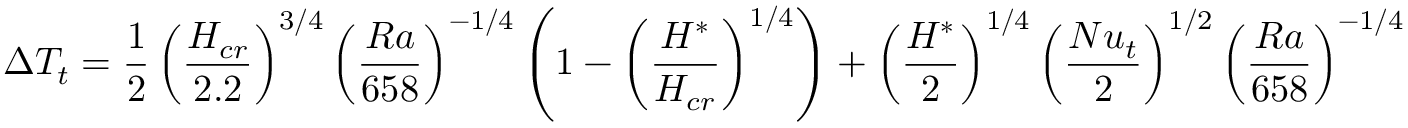
\Delta T _ { t } = \frac { 1 } { 2 } \left( \frac { H _ { c r } } { 2 . 2 } \right) ^ { 3 / 4 } \left( \frac { R a } { 6 5 8 } \right) ^ { - 1 / 4 } \left( 1 - \left( \frac { H ^ { * } } { H _ { c r } } \right) ^ { 1 / 4 } \right) + \left( \frac { H ^ { * } } { 2 } \right) ^ { 1 / 4 } \left( \frac { N u _ { t } } { 2 } \right) ^ { 1 / 2 } \left( \frac { R a } { 6 5 8 } \right) ^ { - 1 / 4 }